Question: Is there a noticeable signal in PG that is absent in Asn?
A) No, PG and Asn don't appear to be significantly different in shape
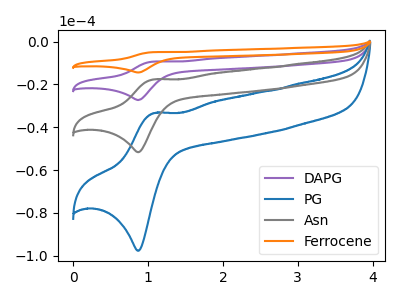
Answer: <think>The purple curve "DAPG" has an anodic peak at (1.10V, -35.30uA) and a cathodic peak at (0.85V, -103.25uA). The blue curve "PG" has an anodic peak at (1.10V, -33.40uA) and a cathodic peak at (0.85V, -97.65uA). The gray curve "Asn" has an anodic peak at (1.10V, -17.65uA) and a cathodic peak at (0.85V, -51.65uA). The orange curve "Ferrocene" has an anodic peak at (1.10V, -52.95uA) and a cathodic peak at (0.85V, -154.90uA).
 All the peaks in "PG" have a peak in "Asn" at the same potential.</think>
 <answer>A) No, "PG" and "Asn" don't appear to be significantly different in shape</answer>
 <eval>A</eval>